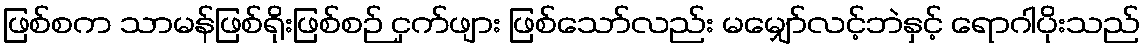
ဖြစ်စက သာမန်ဖြစ်ရိုးဖြစ်စဉ် ငှက်ဖျား ဖြစ်သော်လည်း မမျှော်လင့်ဘဲနှင့် ရောဂါပိုးသည်